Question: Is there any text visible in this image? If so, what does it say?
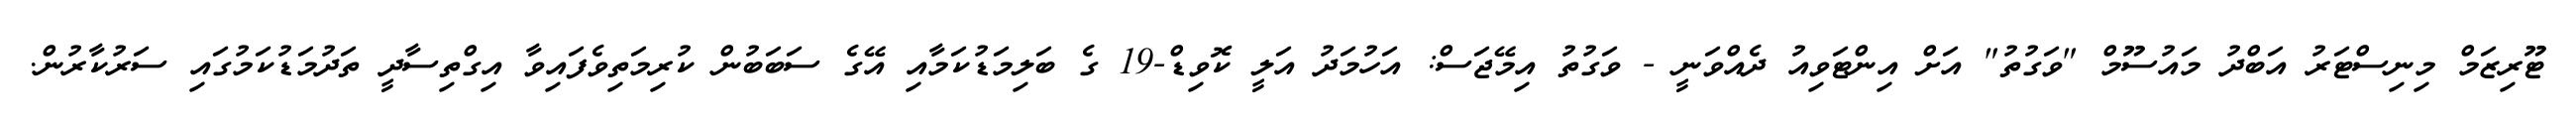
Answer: ޓޫރިޒަމް މިނިސްޓަރު އަބްދު މައުސޫމް "ވަގުތު" އަށް އިންޓަވިއު ދެއްވަނީ - ވަގުތު އިމޭޖަސް: އަހުމަދު އަލީ ކޮވިޑް-19 ގެ ބަލިމަޑުކަމާއި އޭގެ ސަބަބުން ކުރިމަތިވެފައިވާ އިގްތިސާދީ ތަދުމަޑުކަމުގައި ސަރުކާރުން.